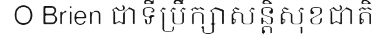
O Brien ជាទីប្រឹក្សាសន្តិសុខជាតិ